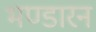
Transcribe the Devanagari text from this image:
भण्डारन